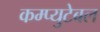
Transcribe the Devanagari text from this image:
कम्प्युटेबल